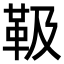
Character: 靸